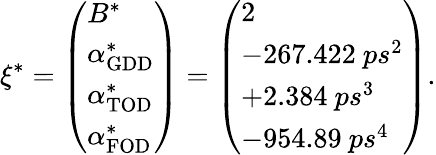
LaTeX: \xi^{*}=\left(\begin{array}{l}{B^{*}}\\ {\alpha_{\mathrm{GDD}}^{*}}\\ {\alpha_{\mathrm{TOD}}^{*}}\\ {\alpha_{\mathrm{FOD}}^{*}}\end{array}\right)=\left(\begin{array}{l}{2}\\ {-267.422\ ps^{2}}\\ {+2.384\ ps^{3}}\\ {-954.89\ ps^{4}}\end{array}\right).